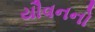
યૌવનનો